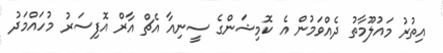
އިތުރު މައުލޫމާތު ދެއްވަމުން އެ ކޮމިޝަންގެ ސީނިއާ އެޗް އާރް އޮފިސަރު މުހައްމަދު